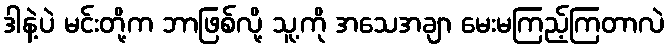
ဒါနဲ့ပဲ မင်းတို့က ဘာဖြစ်လို့ သူ့ကို အသေအချာ မေးမကြည့်ကြတာလဲ